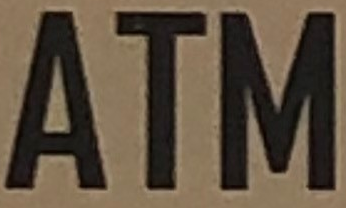
ATM